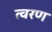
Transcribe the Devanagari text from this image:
त्‍वरण